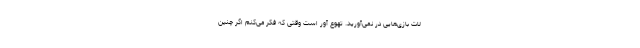
لات بازی‌هایی در نمی‌آورید. تهوع آور است وقتی که فکر می‌کنم اگر چنین